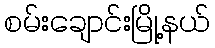
စမ်းချောင်းမြို့နယ်